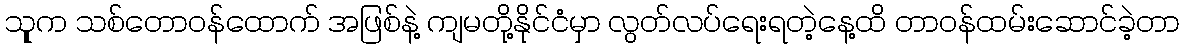
သုူက သစ်တောဝန်ထောက် အဖြစ်နဲ့ ကျမတို့နိုင်ငံမှာ လွတ်လပ်ရေးရတဲ့နေ့ထိ တာဝန်ထမ်းဆောင်ခဲ့တာ